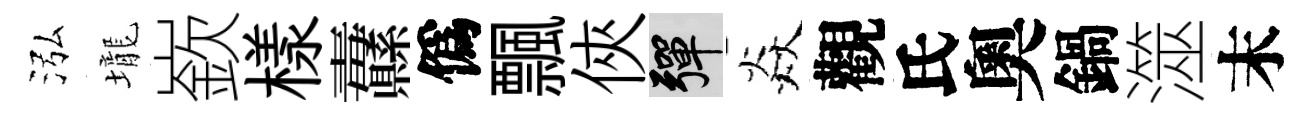
泓壠嶔樣纛僞飄俠彈焱觀氏奧鍋澨末